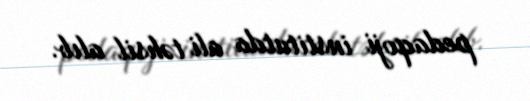
pedaqoji institutda ali təhsil alıb.